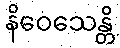
နိဝေသေန္တိ